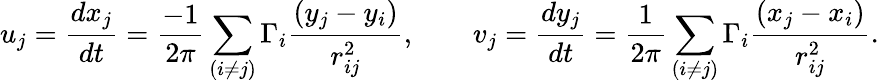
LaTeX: u_{j}=\frac{dx_{j}}{dt}=\frac{-1}{2\pi}\sum_{(i\neq j)}\Gamma_{i}\frac{(y_{j}-y_{i})}{r_{ij}^{2}},\qquad v_{j}=\frac{dy_{j}}{dt}=\frac{1}{2\pi}\sum_{(i\neq j)}\Gamma_{i}\frac{(x_{j}-x_{i})}{r_{ij}^{2}}.